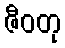
ဇီဝတု